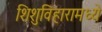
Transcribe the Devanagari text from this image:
शिशुविहारामध्ये